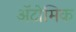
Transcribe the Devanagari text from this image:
ॲटोमिक